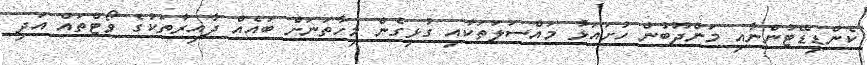
ކެންޑިޑޭޓުންނާއި މަންދޫބުން ހުށައަޅާ މައްސަލަތަކާއި ގުޅިގެން މިހާތަނަށް ބައެއް ދާއިރާތަކުގެ ވޯޓްތައް އަދި